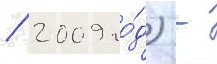
/ 2009 го́д) -